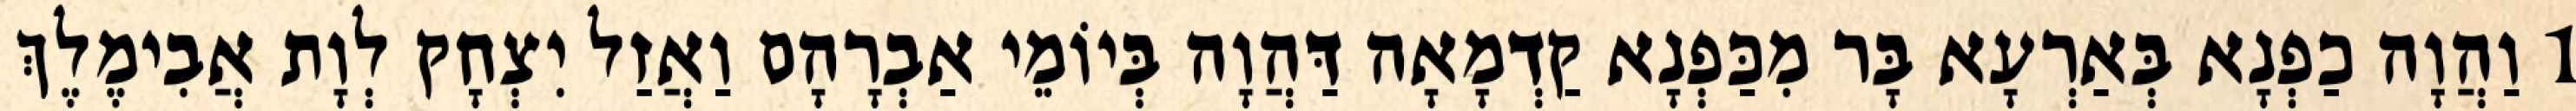
1 וַהֲוָה כַפְנָא בְּאַרְעָא בָּר מִכַּפְנָא קַדְמָאָה דַּהֲוָה בְּיוֹמֵי אַבְרָהָם וַאֲזַל יִצְחָק לְוָת אֲבִימֶלֶךְ